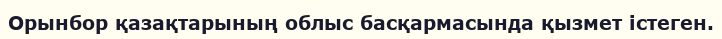
Орынбор қазақтарының облыс басқармасында қызмет істеген.